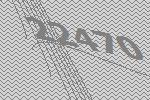
22470